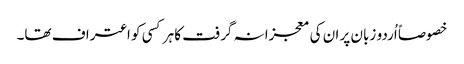
خصوصاً اُردو زبان پر ان کی معجزانہ گرفت کا ہر کسی کو اعتراف تھا۔